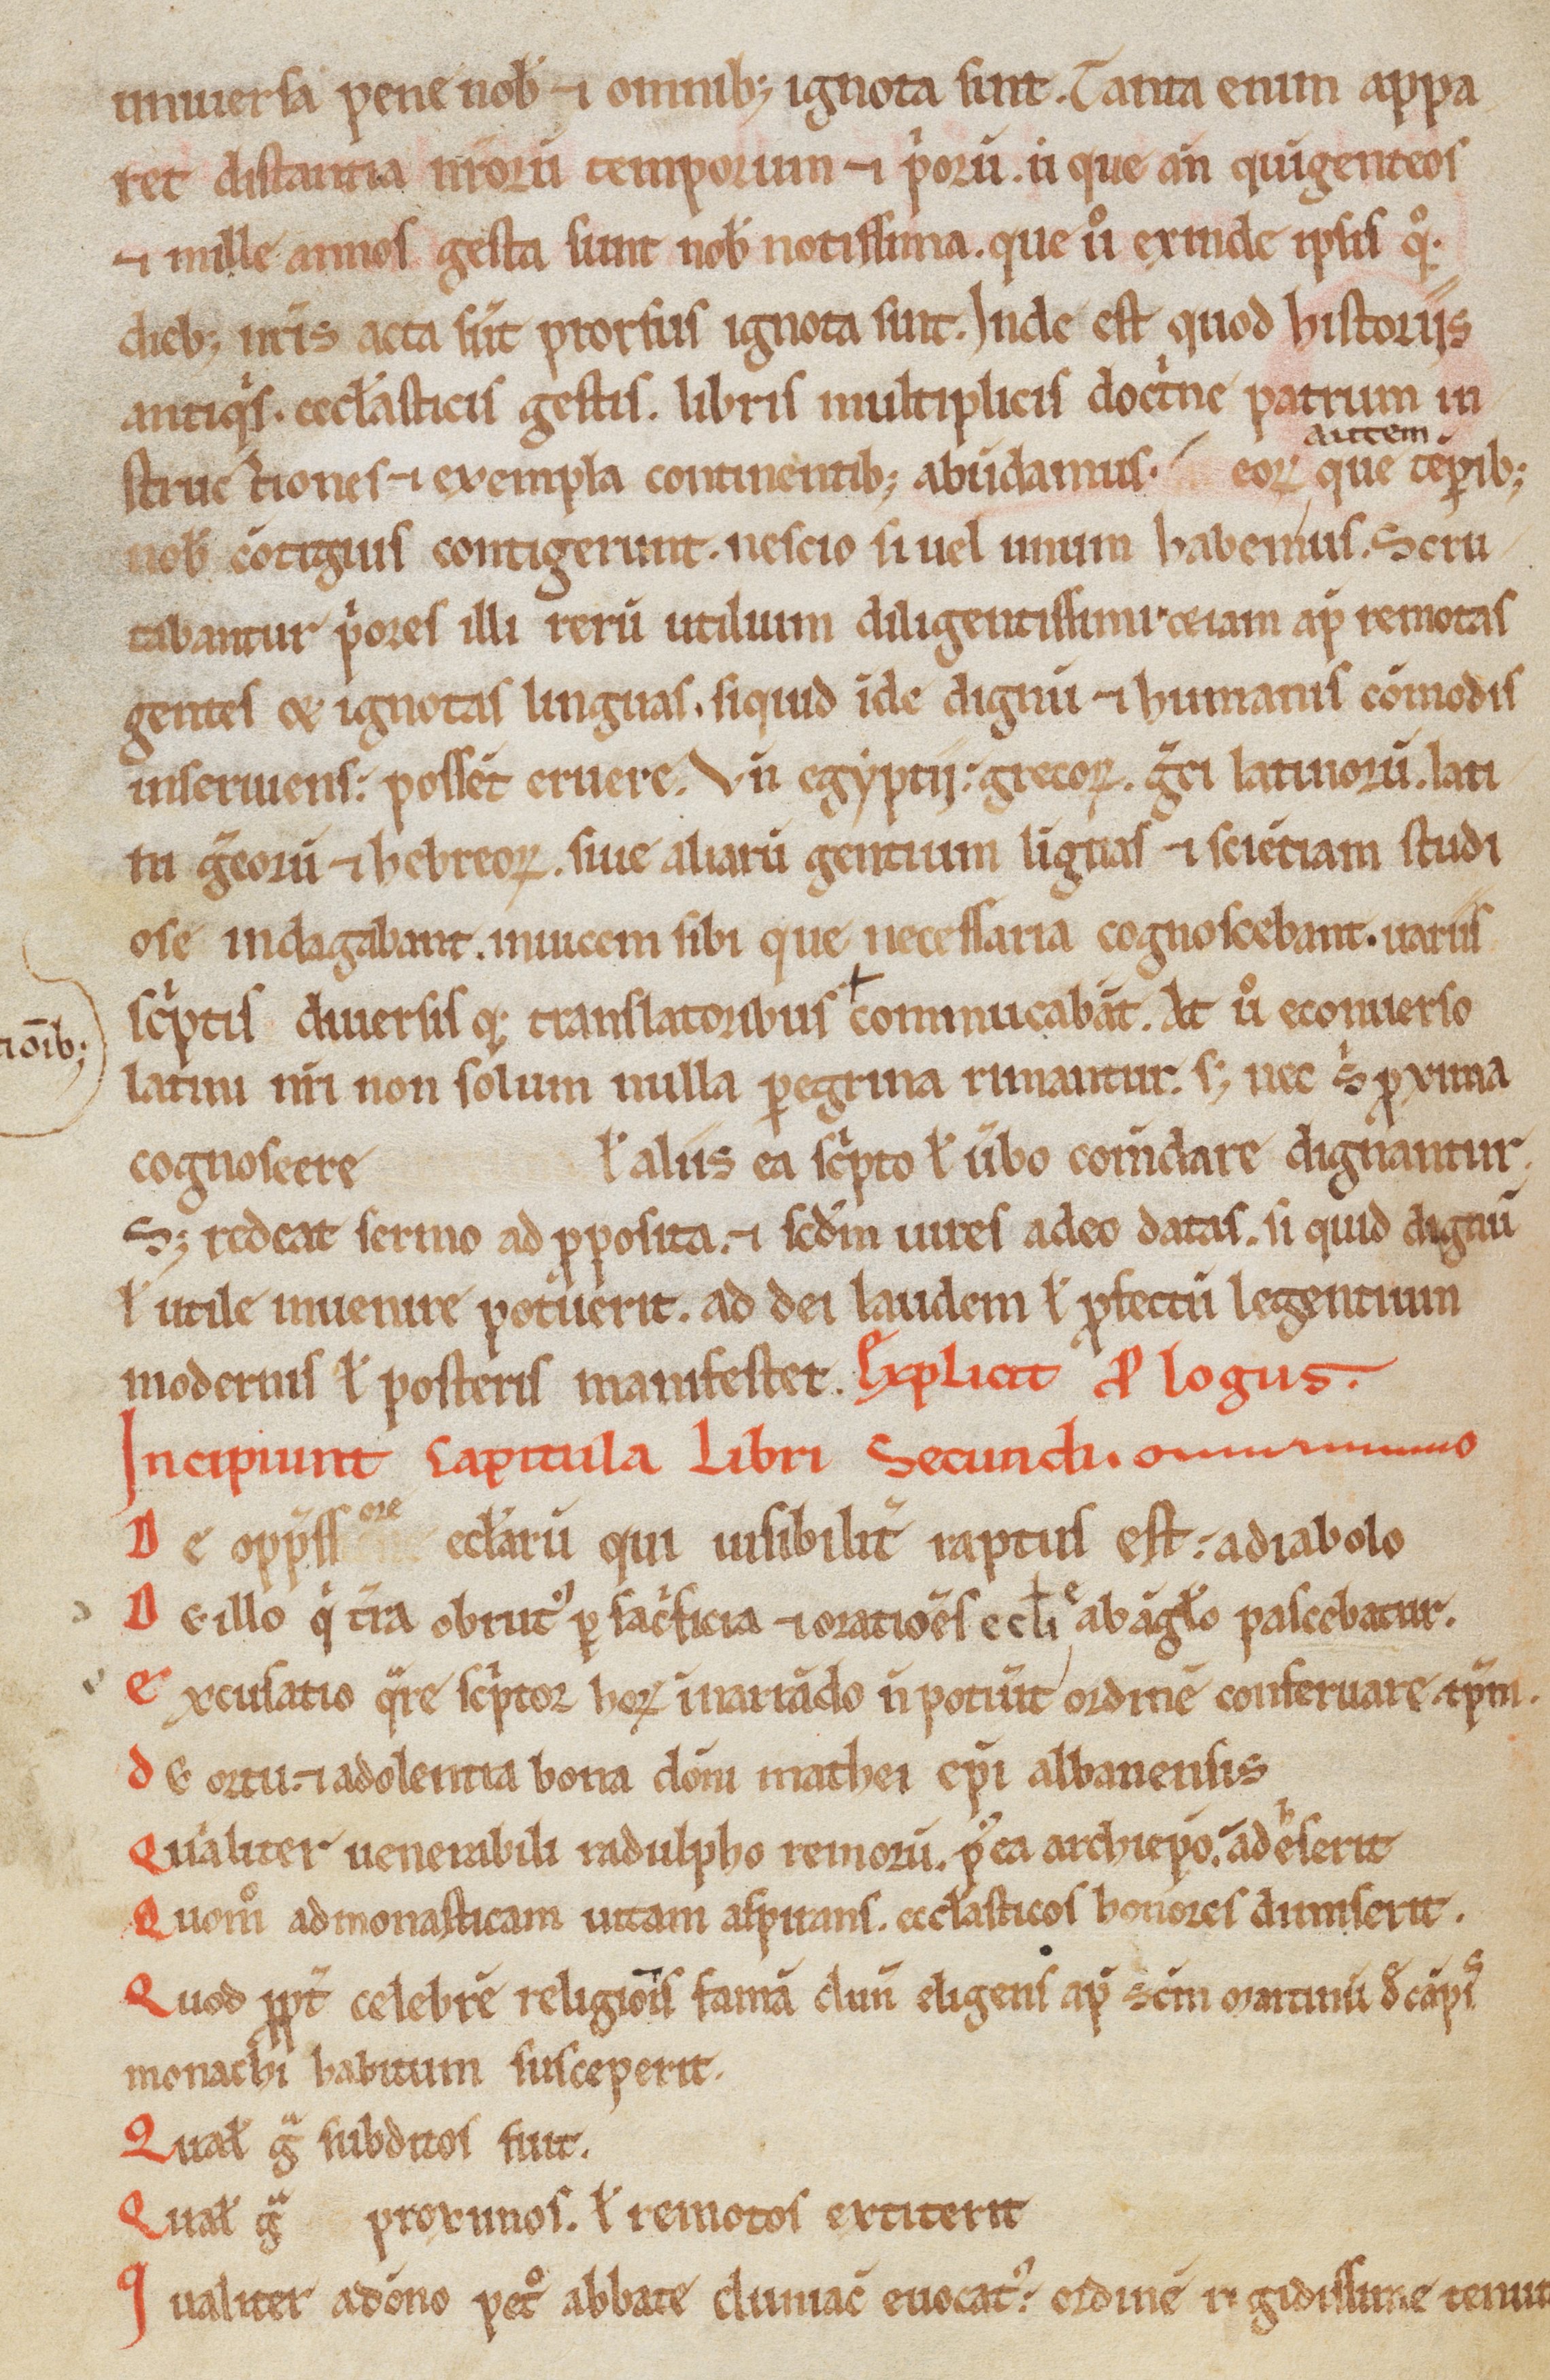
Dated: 1150–1199